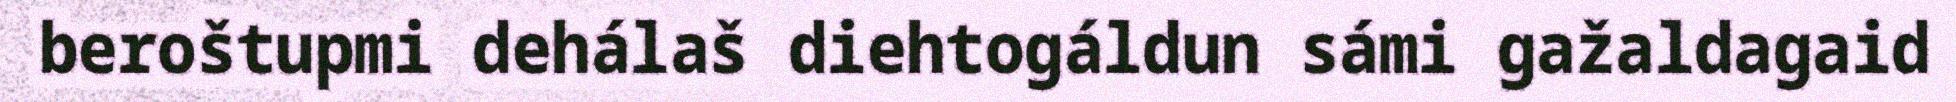
beroštupmi dehálaš diehtogáldun sámi gažaldagaid